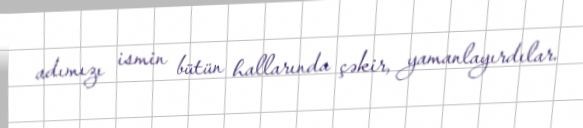
adımızı ismin bütün hallarında çəkir, yamanlayırdılar.